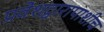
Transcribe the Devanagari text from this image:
प्रवेशद्वारापाशीच